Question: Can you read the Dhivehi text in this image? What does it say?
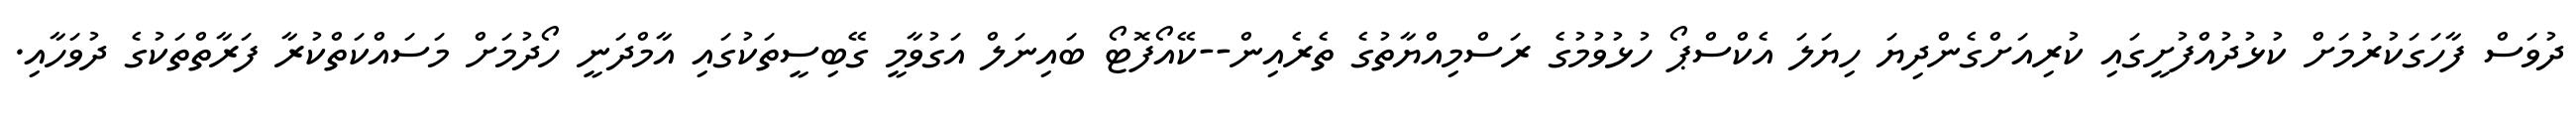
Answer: ދުވަސް ފާހަގަކުރުމަށް ކުޅުދުއްފުށީގައި ކުރިއަށްގެންދިޔަ ހިޔަލަ އެކްސްޕޯ ހުޅުވުމުގެ ރަސްމިއްޔާތުގެ ތެރެއިން--ކޭއޯފޮޓޯ ބައިނަލް އަގުވާމީ ގޭބިސީތަކުގައި އާމްދަނީ ހޯދުމަށް މަސައްކަތްކުރާ ފަރާތްތަކުގެ ދުވަހާއި.